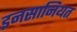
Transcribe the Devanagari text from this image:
इनसानियत